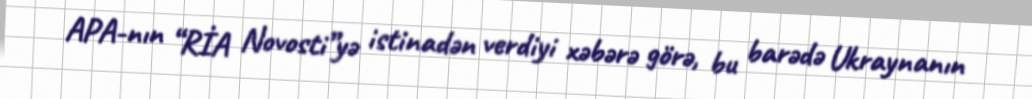
APA-nın “RİA Novosti”yə istinadən verdiyi xəbərə görə, bu barədə Ukraynanın